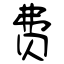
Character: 费